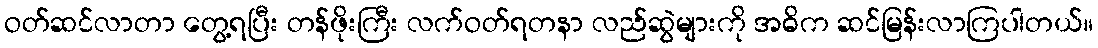
ဝတ်ဆင်လာတာ တွေ့ရပြီး တန်ဖိုးကြီး လက်ဝတ်ရတနာ လည်ဆွဲများကို အဓိက ဆင်မြန်းလာကြပါတယ်။